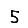
Digit: 5